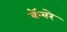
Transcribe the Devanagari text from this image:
कॅबरे